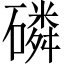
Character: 磷